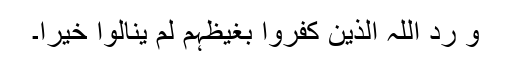
وَ رَدَّ اللّٰہُ الَّذِیْنَ کَفَرُوْا بِغَیْظِہِمْ لَمْ یَنَالُوْا خَیْرًا۔